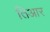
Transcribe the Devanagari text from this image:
तिआर